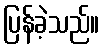
ပြန်ခဲ့သည်။